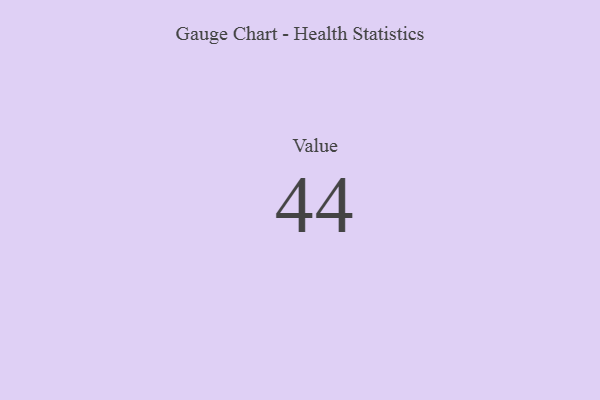
{"axis": {"x": "Metric", "y": "Value"}, "legend": [""], "data": [{"x": "Value", "y": 44, "type": ""}]}